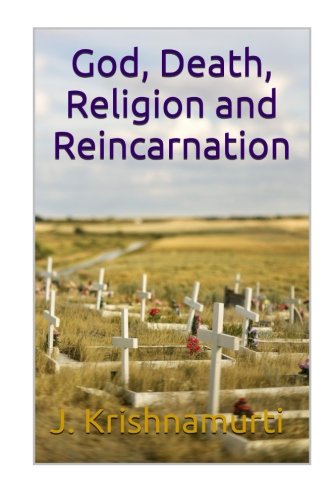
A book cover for God, Death, Religion and Reincarnation; Krishnamurti J; Religion & Spirituality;